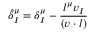
\hat { \delta } _ { I } ^ { \mu } = \delta _ { I } ^ { \mu } - { \frac { l ^ { \mu } v _ { I } } { ( v \cdot l ) } }